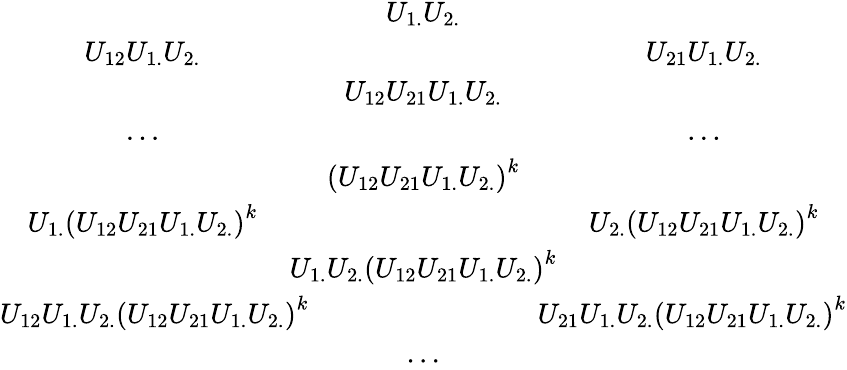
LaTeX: \begin{array}{ccccc}{{}}&{{U_{1.}U_{2.}}}\\ {{U_{12}U_{1.}U_{2.}}}&{{}}&{{U_{21}U_{1.}U_{2.}}}\\ {{}}&{{U_{12}U_{21}U_{1.}U_{2.}}}\\ {{...}}&{{}}&{{...}}\\ {{}}&{{\left(U_{12}U_{21}U_{1.}U_{2.}\right)^{k}}}&{{}}\\ {{U_{1.}\left(U_{12}U_{21}U_{1.}U_{2.}\right)^{k}}}&{{}}&{{U_{2.}\left(U_{12}U_{21}U_{1.}U_{2.}\right)^{k}}}\\ {{}}&{{\! \! \! \! \! U_{1.}U_{2.}\left(U_{12}U_{21}U_{1.}U_{2.}\right)^{k}\! \! \! \! \! }}&{{}}\\ {{U_{12}U_{1.}U_{2.}\left(U_{12}U_{21}U_{1.}U_{2.}\right)^{k}\! \! \! \! \! }}&{{}}&{{\! \! \! \! \! U_{21}U_{1.}U_{2.}\left(U_{12}U_{21}U_{1.}U_{2.}\right)^{k}}}\\ {{}}&{{...}}\end{array}